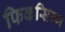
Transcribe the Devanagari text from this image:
फिकसिग्ग